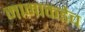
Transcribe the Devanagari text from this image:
मामाकडेच